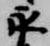
永